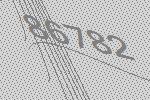
86782